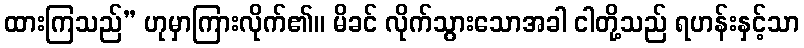
ထားကြသည်” ဟုမှာကြားလိုက်၏။ မိခင် လိုက်သွားသောအခါ ငါတို့သည် ရဟန်းနှင့်သာ